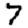
Digit: 7